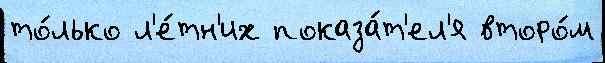
то́лько л'е́тн'их показа́т'ел'я второ́м